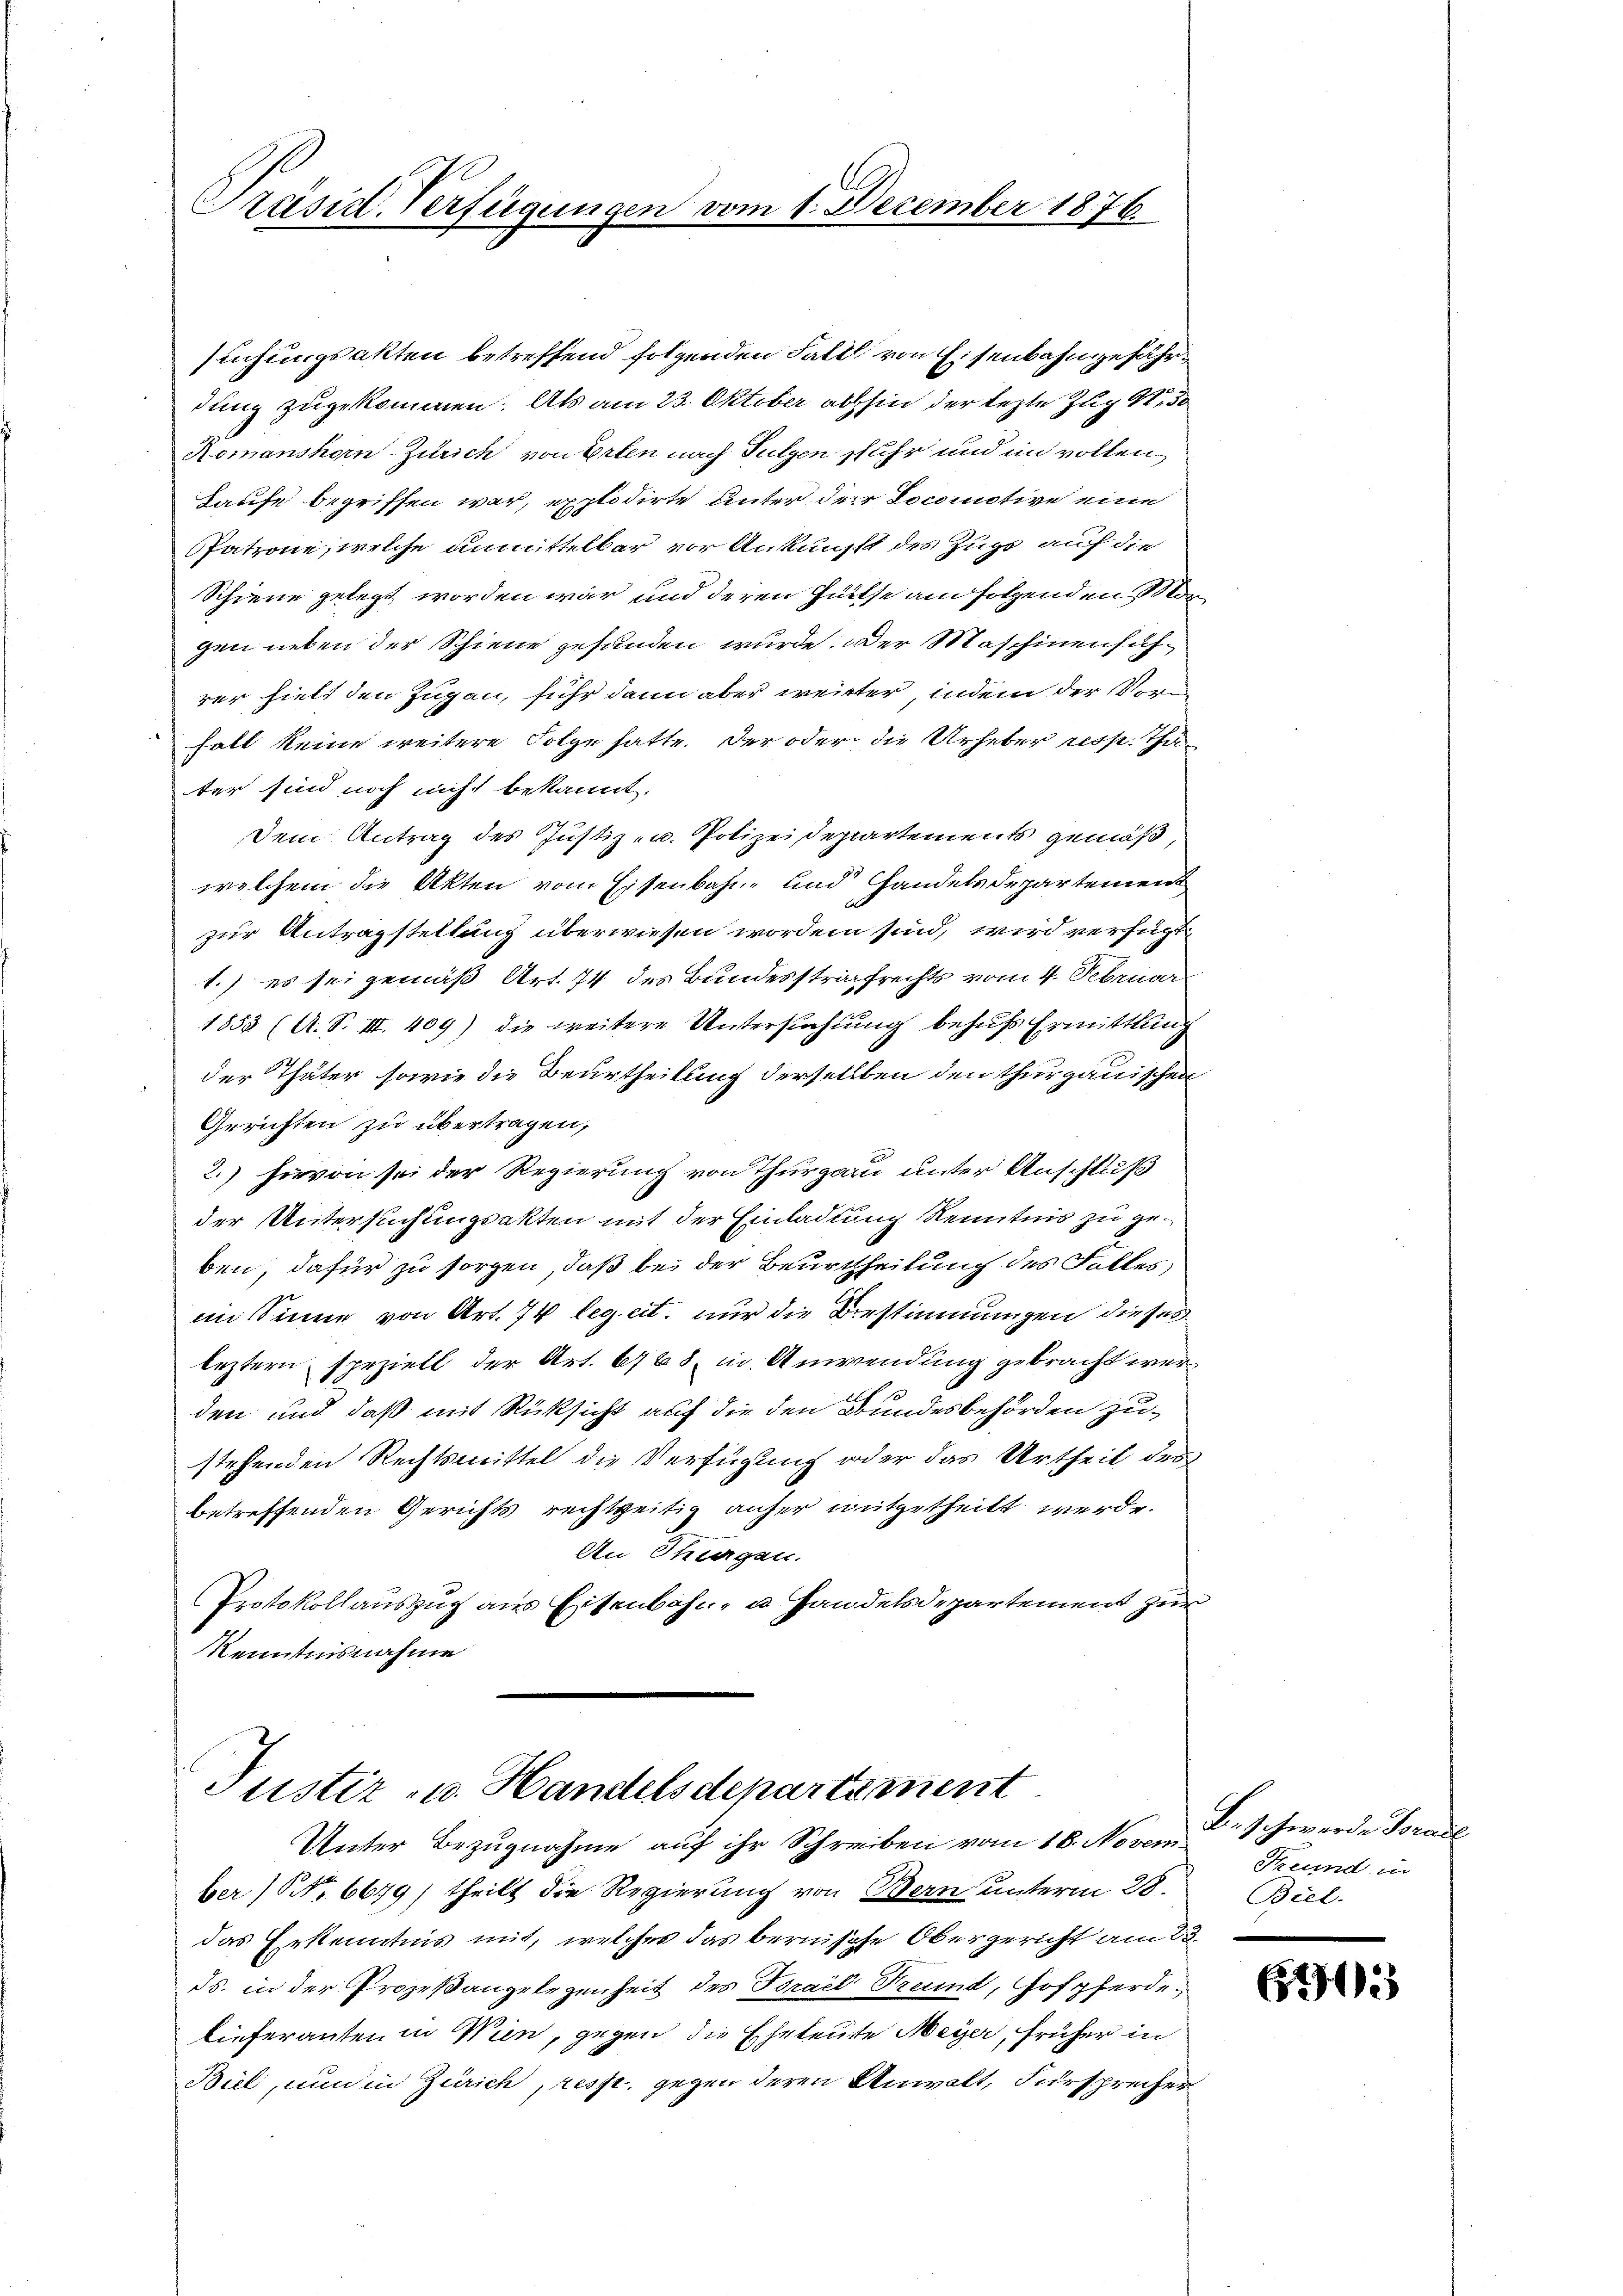
Präsid. Verfügungen vom 1. December 1876

suchungsakten betreffend folgenden Fall von Eisenbahngefährdung zugekommen. Als am 23. Oktober abhin der lezte Zug 430
Romanshorn-Zürich von Erlen nach Fulgen sehr und in vollen
Haufe begriffen war, explodirte unter der Locomotive eine
Patrone, welche unmittelbar vor Ankunft des Zugs auf die
Schiene gelegt worden war und deren Hütse am folgenden Morgen neben der Schiene gefanden wurde. Der Maschinenführer hielt den Zugan, fuhr dann aber weiter, indem der Vor¬
Fall keine weitere Folge hatte. Der oder die Urheber resp. Thäter sind noch nicht bekannt.
Dem Antrag des Justiz- u. Polizeidepartements gemäß,
welchem die Akten vom Eisenbahne und Handelsdepartement
zur Antragstellung überwiesen worden sind, wird verfügt
1.) es sei gemäß Art. 74 des Bundesstrafrechts vom 4. Februar
1855 (A. S. III. 409) die weitere Untersuchung behufs Ermittlung
der Thäter sowie die Beurtheilung derselben den thurgauischen
Gerichten zu übertragen,
2.) Hievon sei der Regierung von Thurgau unter Anschluß
der Untersuchungsakten mit der Einladung Kenntnis zu geben, dafür zu sorgen, daß bei der Beurtheilung des Falles,
im Sinne von Art. 74 leg. cit. nur die Bestimmungen dieses
leztern speziell der Art. 668. in Anwendung gebracht wer¬
2
den und daß mit Rücksicht auf die den Bundesbehörden zustehenden Rechtsmittel die Verfügung oder das Urtheil des
betreffenden Gerichts rechtzeitig anher mitgetheilt werde.
Au Thurgau.
Protokollauszug aus Eisenbahn- u. Handelsdepartement zur
Kenntnisnahme

Justiz- u. Handelsdepartement.
Unter Bezugnahme auf ihr Schreiben vom 18. Novem

ber) No 6679/ theilt die Regierung von Bern unterm 28.
das Erkenntnis mit, welches das bernische Obergericht am 23.
ds. in der Prozeßangelegenheit des Brael Freund, Gofpferdelieferanten in Wien, gegen die Eheleute Meyer, früher in
Biel, nun in Zürich, resp. gegen deren Anwalt, Fürsprecher

Beschwerde Torail
Freund in
Biel

605